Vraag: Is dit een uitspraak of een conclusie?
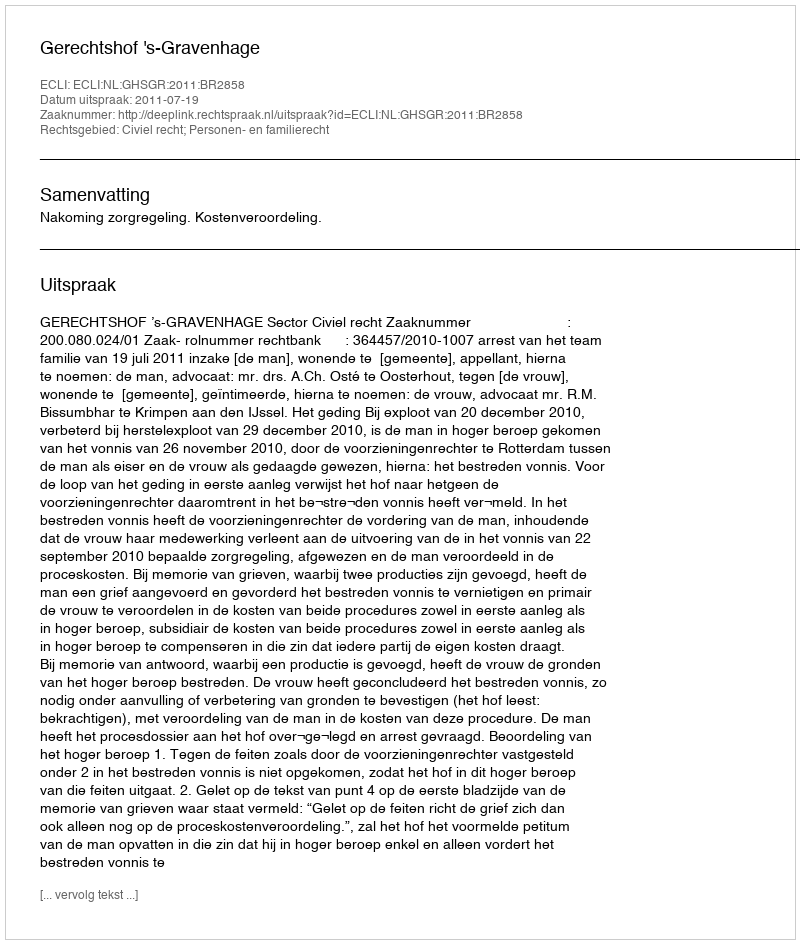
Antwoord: Uitspraak